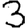
Digit: 3